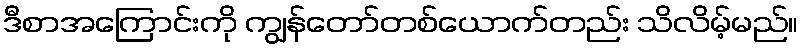
ဒီစာအကြောင်းကို ကျွန်တော်တစ်ယောက်တည်း သိလိမ့်မည်။